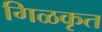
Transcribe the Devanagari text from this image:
गिळकृत